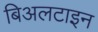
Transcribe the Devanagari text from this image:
बिअलटाइन